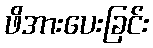
ဖိအားပေးခြင်း